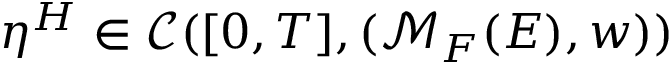
\eta ^ { H } \in \mathcal { C } ( [ 0 , T ] , ( \mathcal { M } _ { F } ( E ) , w ) )